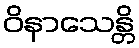
ဝိနာသေန္တိ